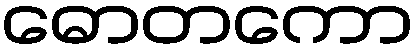
ဓောတကော